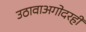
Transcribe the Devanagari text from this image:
उठावाअगोदरही